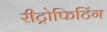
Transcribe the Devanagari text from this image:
रीट्रोफिटिंग